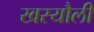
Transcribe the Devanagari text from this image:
खस्यौली